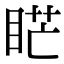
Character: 𥇀